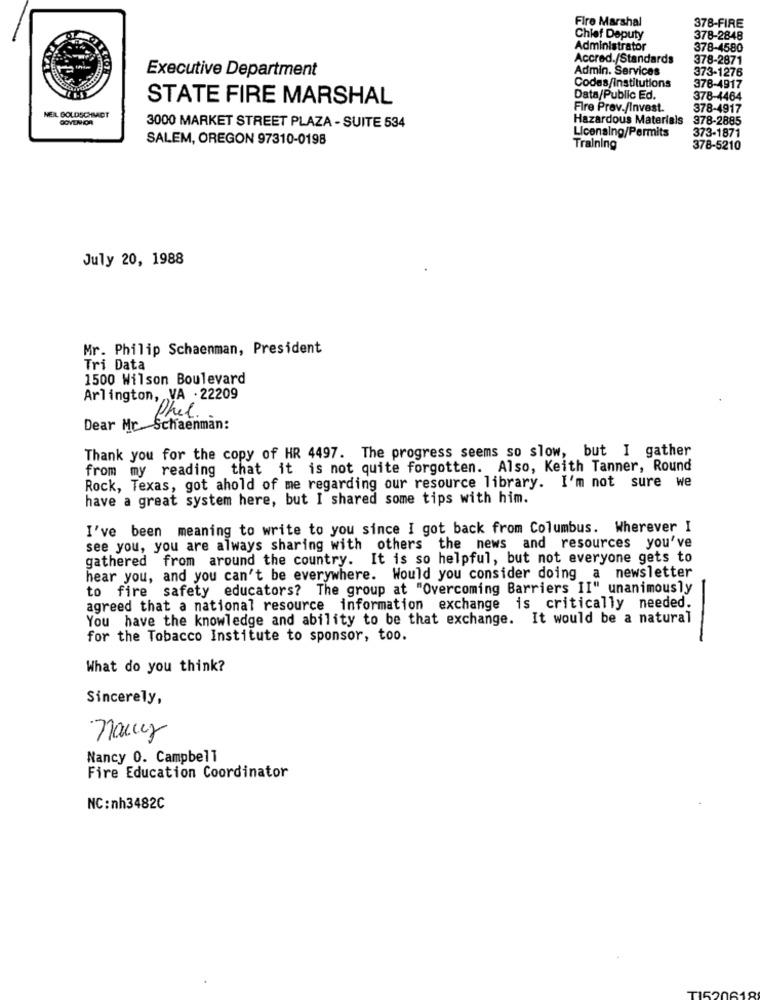
Fire Marshal
378-FIRE
Chief Deputy
378-2848
Administrator
378-4580
Accred./Standards
378-2871
Executive Department
Admin. Services
373-1276
Codes/Institutions
378-4917
STATE FIRE MARSHAL
Data/Public Ed.
378-4464
Fire Prev./Invest.
378-4917
NEIL GOLDSCHMIDT
Hazardous Materials
378-2885
3000 MARKET STREET PLAZA - SUITE 534
373-1871
SALEM, OREGON 97310-0198
Licensing/Permits
Training
378-5210
July 20, 1988
Mr. Philip Schaenman, President
Tri Data
1500 Wilson Boulevard
Arlington, , VA . 22209
Phel.
Dear Mr. Schaenman:
Thank you for the copy of HR 4497. The progress seems so slow, but I gather
from my reading that it is not quite forgotten. Also, Keith Tanner, Round
Rock, Texas, got ahold of me regarding our resource library. I'm not sure we
have a great system here, but I shared some tips with him.
I've been meaning to write to you since I got back from Columbus. Wherever I
see you, you are always sharing with others the news and resources you've
gathered from around the country. It is so helpful, but not everyone gets to
hear you, and you can't be everywhere. Would you consider doing a newsletter
to fire safety educators? The group at "Overcoming Barriers II" unanimously
agreed that a national resource information exchange is critically needed.
You have the knowledge and ability to be that exchange. It would be a natural
for the Tobacco Institute to sponsor, too.
What do you think?
Sincerely,
nancy
Nancy 0. Campbell
Fire Education Coordinator
NC:nh3482C